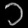
Digit: ၁